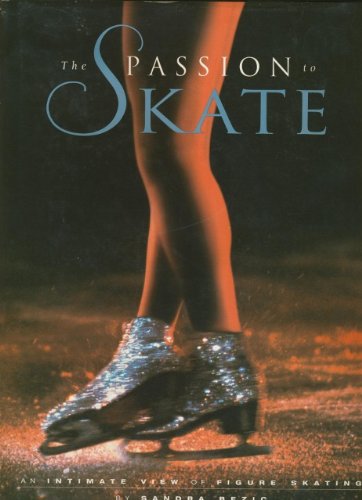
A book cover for The Passion to Skate: An Intimate View of Figure Skating; Sandra Bezic; Sports & Outdoors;